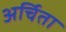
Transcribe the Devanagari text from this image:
अर्चिता